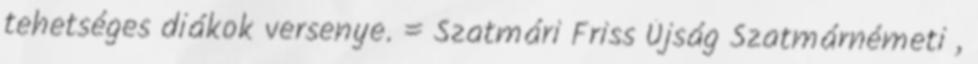
tehetséges diákok versenye. = Szatmári Friss Újság Szatmárnémeti ,